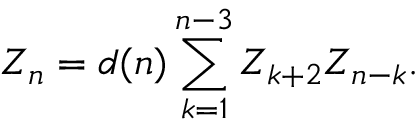
{ \cal Z } _ { n } = d ( n ) \sum _ { k = 1 } ^ { n - 3 } { \cal Z } _ { k + 2 } { \cal Z } _ { n - k } .